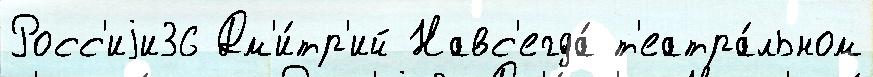
Росс'иjи36 Дм'и́тр'ий Навс'егда́ т'еатра́льном